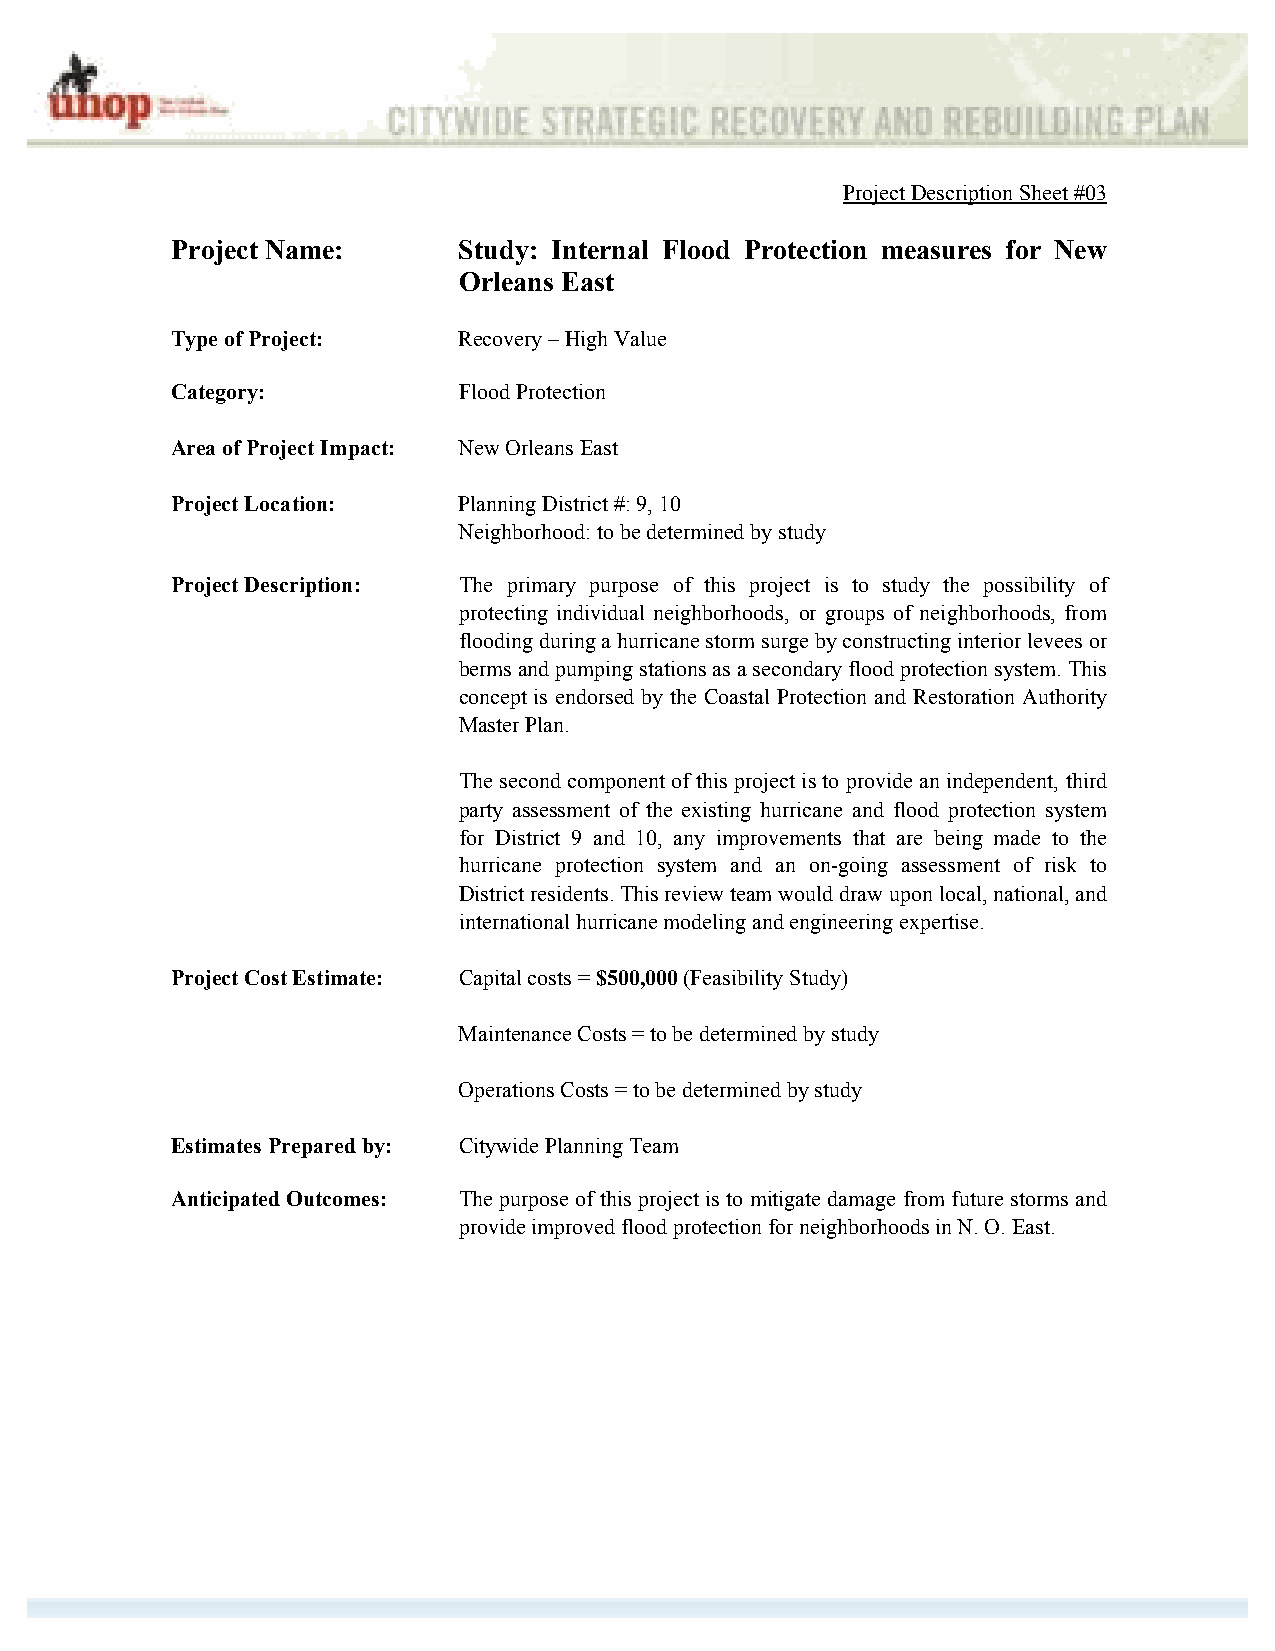
Project Description Sheet #03
 Project Name:      Study: Internal Flood Protection measures for New
 Orleans East
 Type of Project:   Recovery – High Value
 Category:          Flood Protection
 Area of Project Impact: New Orleans East
 Project Location:  Planning District #: 9, 10
 Neighborhood: to be determined by study
 Project Description: The primary purpose of this project is to study the possibility of
 protecting individual neighborhoods, or groups of neighborhoods, from
 flooding during a hurricane storm surge by constructing interior levees or
 berms and pumping stations as a secondary flood protection system. This
 concept is endorsed by the Coastal Protection and Restoration Authority
 Master Plan.
 The second component of this project is to provide an independent, third
 party assessment of the existing hurricane and flood protection system
 for District 9 and 10, any improvements that are being made to the
 hurricane protection system and an on-going assessment of risk to
 District residents. This review team would draw upon local, national, and
 international hurricane modeling and engineering expertise.
 Project Cost Estimate: Capital costs = $500,000 (Feasibility Study)
 Maintenance Costs = to be determined by study
 Operations Costs = to be determined by study
 Estimates Prepared by: Citywide Planning Team
 Anticipated Outcomes: The purpose of this project is to mitigate damage from future storms and
 provide improved flood protection for neighborhoods in N. O. East.